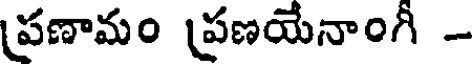
ప్రణామం ప్రణయేనాంగీ -